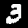
Digit: 3